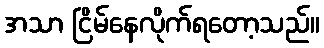
အသာ ငြိမ်နေလိုက်ရတော့သည်။